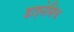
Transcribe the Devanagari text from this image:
डाइनेमिच